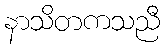
နာသိတကသညီ